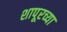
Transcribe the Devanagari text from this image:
शापूरच्या